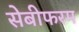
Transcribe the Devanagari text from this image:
सेबीफरम